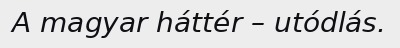
A magyar háttér – utódlás.